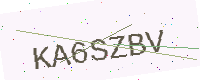
Text: KA6SZBV